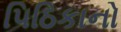
પિઠિકાનો